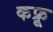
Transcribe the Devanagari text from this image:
कफ्रू